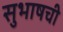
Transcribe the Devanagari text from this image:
सुभाषची